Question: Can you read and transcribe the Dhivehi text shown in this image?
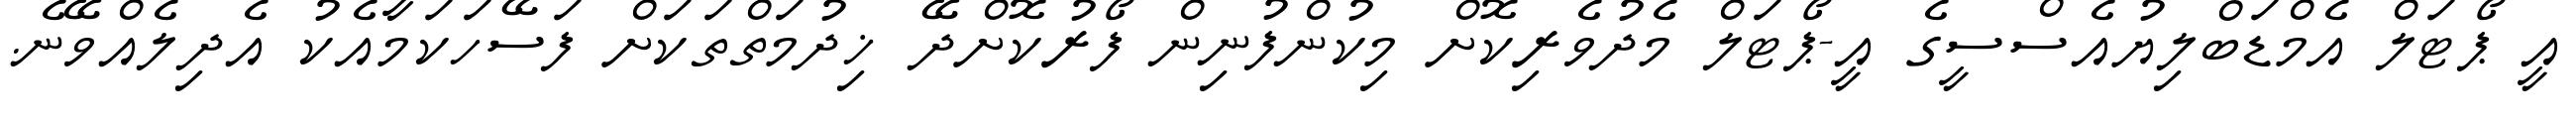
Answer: އީ ޕޯޓަލް އެމްޑަބްލިޔުއެސްސީގެ އީ-ޕޯޓަލް މެދުވެރިކޮށް މިކުންފުނިން ފޯރުކޮށްދޭ ޚިދުމަތްތަކަށް ފަސޭހަކަމާއެކު އެދިލެއްވޭނެ.